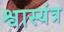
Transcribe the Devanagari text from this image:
श्वास्यंत्र